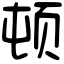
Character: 顿